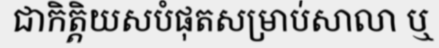
ជាកិត្តិយសបំផុតសម្រាប់សាលា ឬ